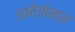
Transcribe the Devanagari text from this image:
आमेज़ोनास